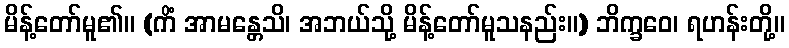
မိန့်တော်မူ၏။ (ကိံ အာမန္တေသိ၊ အဘယ်သို့ မိန့်တော်မူသနည်း။) ဘိက္ခဝေ၊ ရဟန်းတို့။